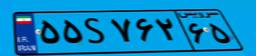
۵۵S۷۶۲۶۵